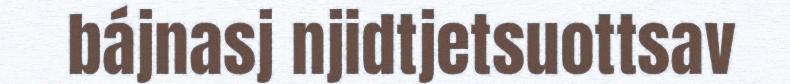
bájnasj njidtjetsuottsav